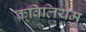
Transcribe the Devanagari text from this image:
क़्विलियम